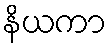
နိယကာ